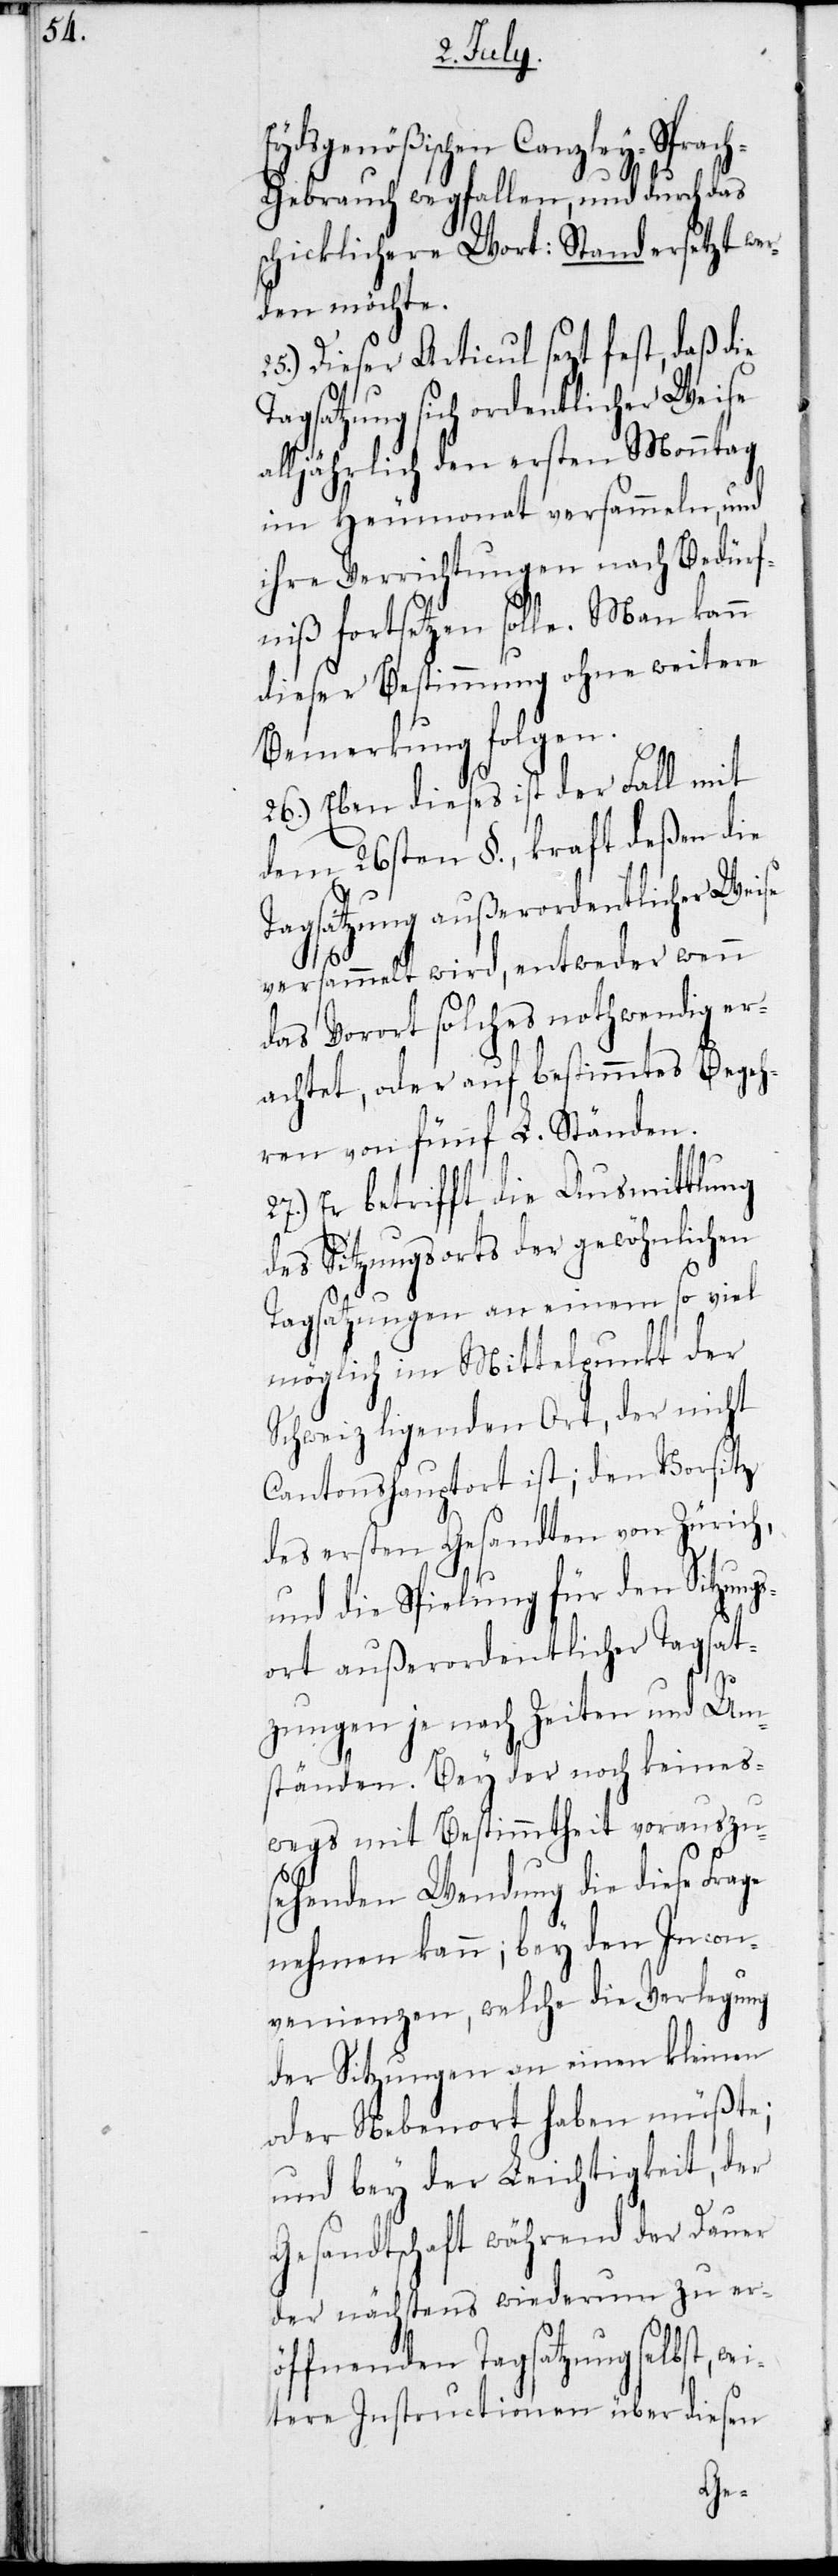
Eydsgenößischen Canzley-Sprac¬
h-Gebrauch wegfallen, und durch das
chicklichere Wort: Stand ersetzt wer¬
den möchte.
25.) Dieser Articul sezt fest, daß die
Tagsatzung sich ordentlicher Weise
s¬
alljährlich den ersten Monntag
im Heumonat versammeln, und
ihre Verrichtungen nach Bedürf¬
niß fortsetzen solle. Man kann
dieser Bestimmung ohne weitere
Bemerkung folgen.
26.) Eben dieses ist der Fall mit
dem 26sten §., kraft deßen die
Tagsatzung außerordentlicher Weise
versammelt wird, entweder wenn
das Vorort solches nothwendig er¬
achtet, oder auf bestimmtes Begeh¬
ren von fünf L. Ständen.
Er betrifft die Ausmittlung
des Sitzungsortes der gewöhnlichen
Tagsatzungen an einem so viel
möglich im Mittelpunkt der
Schweiz ligenden Ort, der nicht
Cantonshauptort ist; den Vorsitz
des ersten Gesandten von Zürich,
und die Spielung für den Sitzungs¬
ort außerordentlicher Tagsat¬
zungen je nach Zeiten und Um¬
ständen. Bey der noch keines¬
wegs mit Bestimmtheit vorauszu¬
sehenden Wendung, die diese
nehmen kann; bey den Incon¬
venienzen, welche die Verlegung
der Sitzungen an einen kleinen
oder Nebenort haben müßte;
und bey der Leichtigkeit, der
Gesandtschaft während der Dauer
der nächtens wiederum zu er¬
öffnenden Tagsatzung selbst, we¬
itere Instructionen über diesen